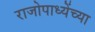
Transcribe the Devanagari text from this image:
राजोपाध्येंच्या